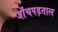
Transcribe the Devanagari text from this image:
जाँचपड़ताल